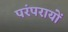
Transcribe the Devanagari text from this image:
परंपरायों